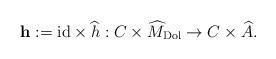
LaTeX: \begin{align*}\mathbf{h}:= \mathrm{id} \times \widehat{h}: C\times \widehat{M}_{\mathrm{Dol}} \to C\times \widehat{A}.\end{align*}